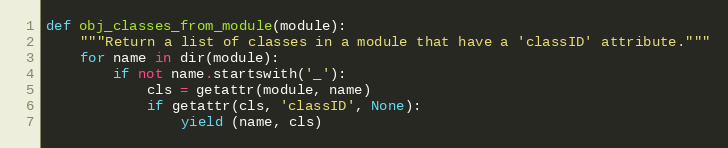
Language: Python
def obj_classes_from_module(module):
    """Return a list of classes in a module that have a 'classID' attribute."""
    for name in dir(module):
        if not name.startswith('_'):
            cls = getattr(module, name)
            if getattr(cls, 'classID', None):
                yield (name, cls)